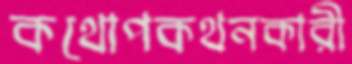
কথোপকথনকারী